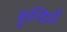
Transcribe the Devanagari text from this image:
कुण्डियों